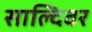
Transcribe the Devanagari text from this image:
साल्दिवर